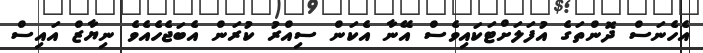
އެހެނަސް ދޮންތަގެ އުފަލަށްޓަކައިވެސް އޭނާ އެކަން ސިއްރު ކުރަން އެބަޖެހެއެވެ ނިޔާޒް އައިސް